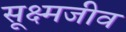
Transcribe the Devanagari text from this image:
सूक्ष्‍मजीव